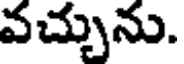
వచ్చును.